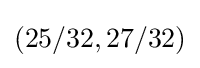
(25/32,27/32)